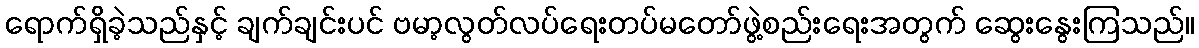
ရောက်ရှိခဲ့သည်နှင့် ချက်ချင်းပင် ဗမာ့လွတ်လပ်ရေးတပ်မတော်ဖွဲ့စည်းရေးအတွက် ဆွေးနွေးကြသည်။